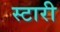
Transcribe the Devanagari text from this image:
स्टारी